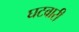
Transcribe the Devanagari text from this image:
घटवारी